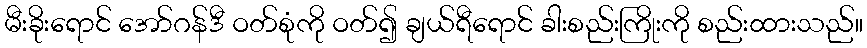
မီးခိုးရောင် အော်ဂန်ဒီ ဝတ်စုံကို ဝတ်၍ ချယ်ရီရောင် ခါးစည်းကြိုးကို စည်းထားသည်။